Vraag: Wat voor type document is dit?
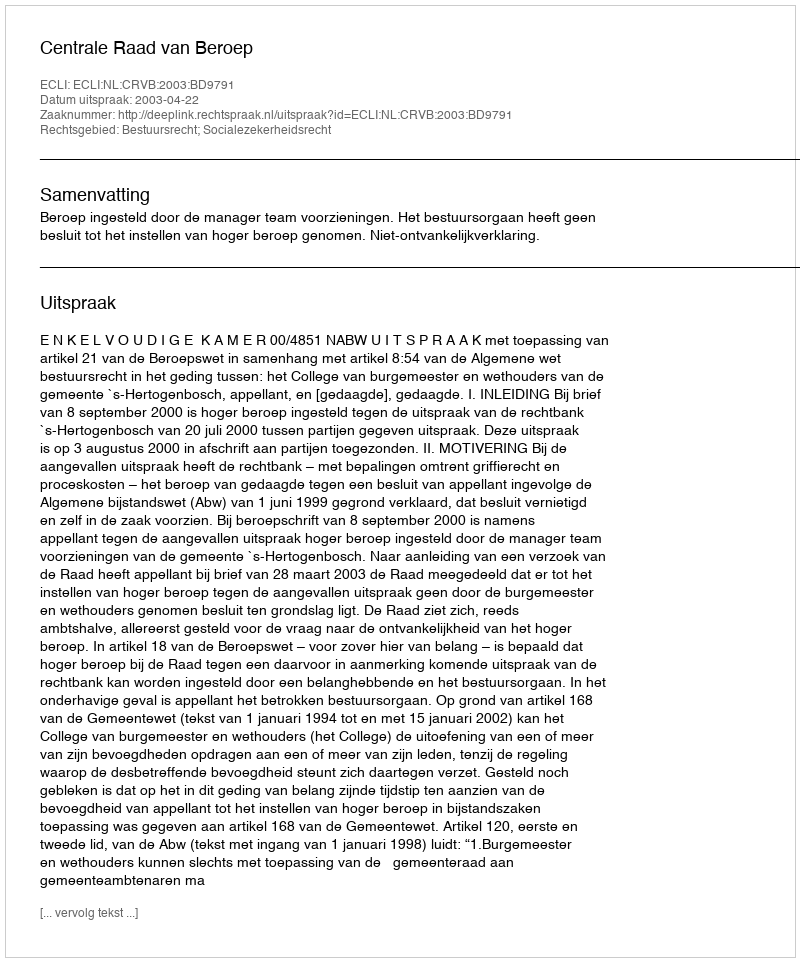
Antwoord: Uitspraak